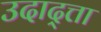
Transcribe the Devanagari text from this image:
उदाद्त्ता